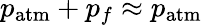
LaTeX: p_{\mathrm{atm}}+p_{f}\approx p_{\mathrm{atm}}